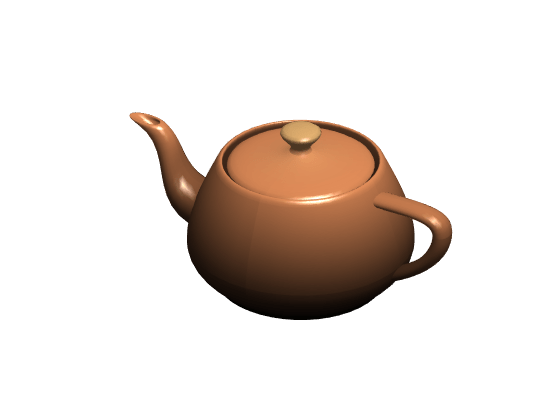
matlab, patch, axis, colormap, light, lighting, material